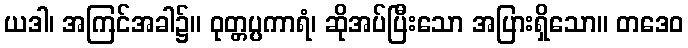
ယဒါ၊ အကြင်အခါ၌။ ဝုတ္တပ္ပကာရံ၊ ဆိုအပ်ပြီးသော အပြားရှိသော။ တဒေဝ